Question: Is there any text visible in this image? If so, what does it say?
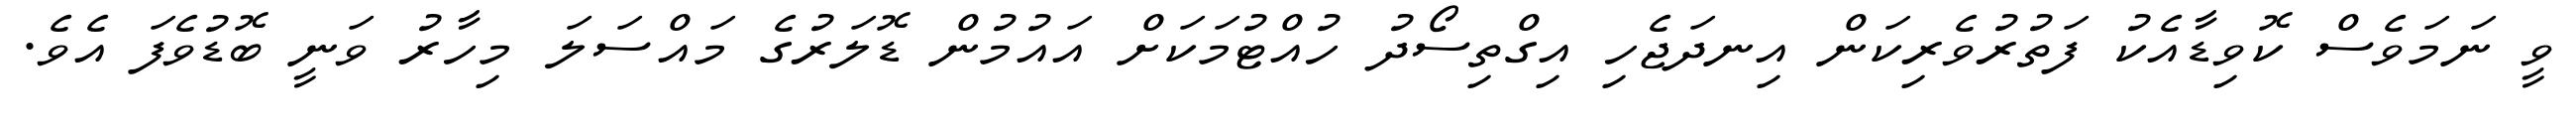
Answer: ވީ ނަމަވެސް ކޮވިޑާއެކު ފަތުރުވެރިކަން އިނދަޖެހި އިގްތިސޯދު ހުއްޓުމަކަށް އައުމުން ޑޮލަރުގެ މައްސަލަ މިހާރު ވަނީ ބޮޑުވެފަ އެވެ.